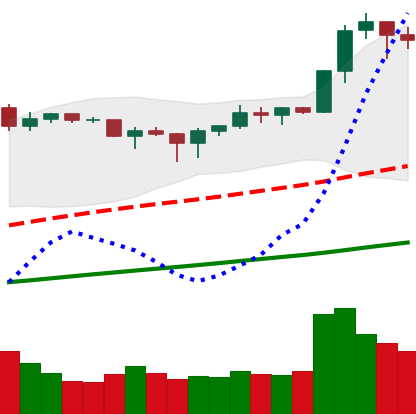
Ticker: BNB-USD
Chart end date: 2019-04-22
Forward return: -6.552%
Label: down_5_7